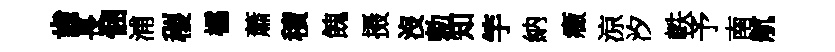
齒長悃浦稷櫺蕭積餽摄沒勅知竽納癥涼汐軼予南航